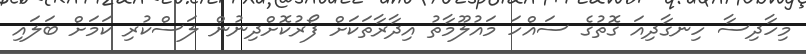
މިހާދިސާ ހިނގާދިއަ ގޮތުގެ ސައްހަ މައުލޫމާތު އިދާރާތަކަށް ފޯރުކޮށްދިނުން ލަސްކުރި ކަމަށް ބަލައި